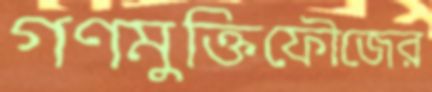
গণমুক্তিফৌজের